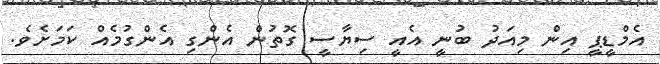
އެމްޑީޕީ އިން މިއަދު ބުނީ އެއީ ސިޔާސީ ގޮތުން އެންގި އެންގުމެއް ކަމަށެވެ.